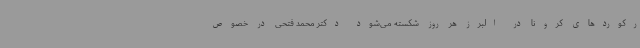
رکوردهای کرونا در البرز هر روز شکسته می‌شود دکتر محمد فتحی در خصوص